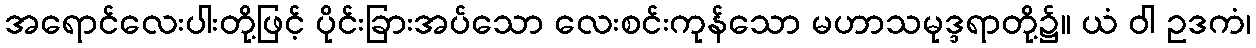
အရောင်လေးပါးတို့ဖြင့် ပိုင်းခြားအပ်သော လေးစင်းကုန်သော မဟာသမုဒ္ဒရာတို့၌။ ယံ ဝါ ဥဒကံ၊